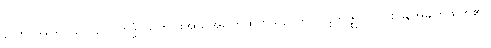
ယော၊ အကြင်သူသည်။ ကုဒ္ဓံ၊ သူတပါးအား အမျက်ထွက်သည်ကို။ ပဋိက္ကုဇ္ဈတိ၊ တစ်ဖန်အမျက်ထွက်၏။